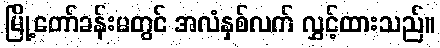
မြို့တော်ခန်းမတွင် အလံနှစ်လက် လွှင့်ထားသည်။